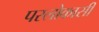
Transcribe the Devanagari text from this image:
परलोकासी